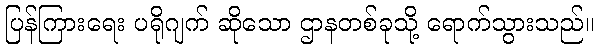
ပြန်ကြားရေး ပရိုဂျက် ဆိုသော ဌာနတစ်ခုသို့ ရောက်သွားသည်။